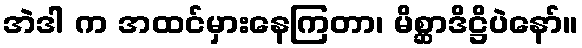
အဲဒါ က အထင်မှားနေကြတာ၊ မိစ္ဆာဒိဋ္ဌိပဲနော်။